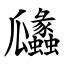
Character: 㼖